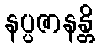
နပ္ပဇာနန္တိ